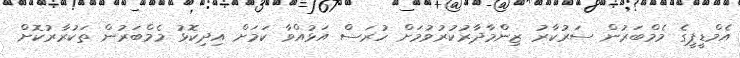
އެމްޑީޕީގެ މެމްބަރުން ސަރުކާރު ޒިންމާދާރުކުރުވުމަށް ހުރަސް އަޅުއްވާ ކަމަށް އިދިކޮޅު މެމްބަރުން ތަކުރާރުކޮށް